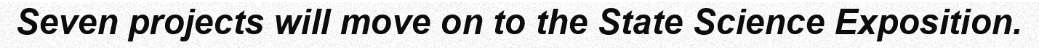
Seven projects will move on to the State Science Exposition.